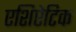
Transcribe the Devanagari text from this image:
एशिऐटिक